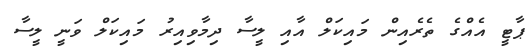
ޕާޓީ އެއްގެ ތެރެއިން މައިކަލް އާއި ލީސާ ދިމާވިއިރު މައިކަލް ވަނީ ލީސާ